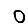
Digit: 0